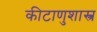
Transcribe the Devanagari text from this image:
कीटाणुशास्त्र